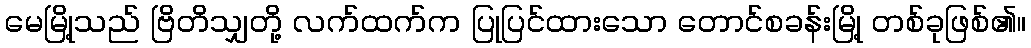
မေမြို့သည် ဗြိတိသျှတို့ လက်ထက်က ပြုပြင်ထားသော တောင်စခန်းမြို့ တစ်ခုဖြစ်၏။